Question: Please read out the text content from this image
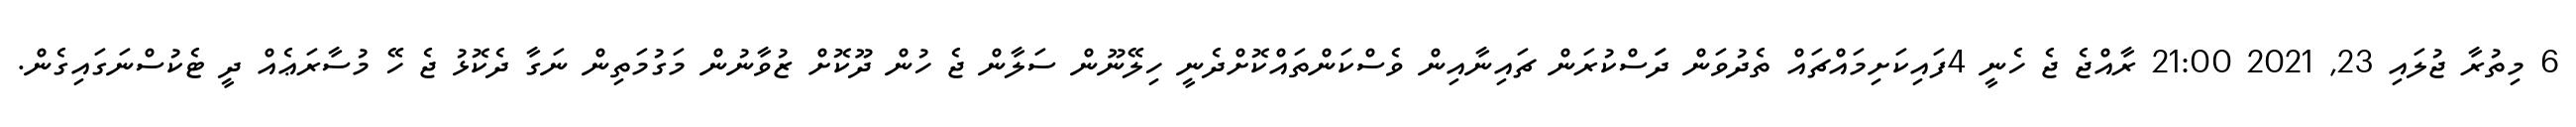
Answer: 6 މިތުރާ ޖުލައި 23, 2021 21:00 ރާއްޖެ ޖެ ހެނީ 4ފައިކަށިމައްޗައް ތެދުވަން ދަަސްކުރަން ޗައިނާއިން ވެސްކަންތައްކޮށްދެނީ ހިލޭނޫން ސަލާން ޖެ ހުން ދޫކޮށް ޒުވާނުން މަގުމަތިން ނަގާ ދެކޮޅު ޖެ ހޭ މުސާރަޢެއް ދީ ޓެކުސްނަގައިގެން.